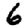
Digit: 6